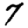
Digit: 7